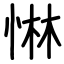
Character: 惏